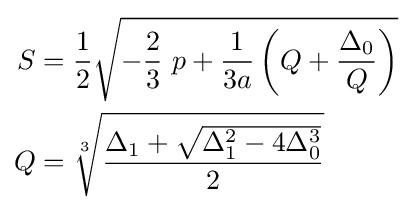
{\begin{aligned}S&={\frac {1}{2}}{\sqrt {-{\frac {2}{3}}\ p+{\frac {1}{3a}}\left(Q+{\frac {\Delta _{0}}{Q}}\right)}}\\Q&={\sqrt[{3}]{\frac {\Delta _{1}+{\sqrt {\Delta _{1}^{2}-4\Delta _{0}^{3}}}}{2}}}\end{aligned}}